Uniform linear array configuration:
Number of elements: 48
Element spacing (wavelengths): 1
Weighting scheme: binomial
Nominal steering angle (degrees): -15
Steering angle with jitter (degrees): -16.644
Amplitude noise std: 0.05
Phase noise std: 0.05

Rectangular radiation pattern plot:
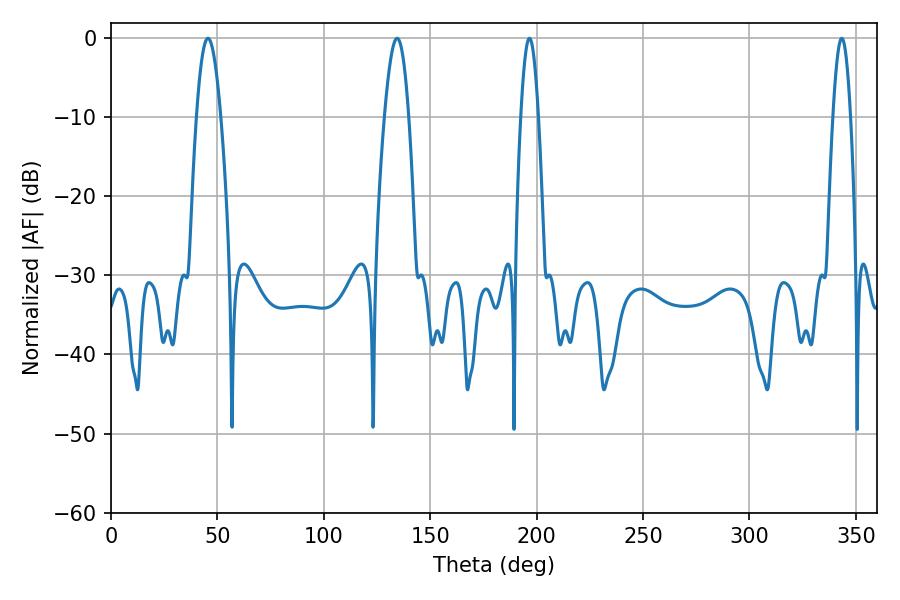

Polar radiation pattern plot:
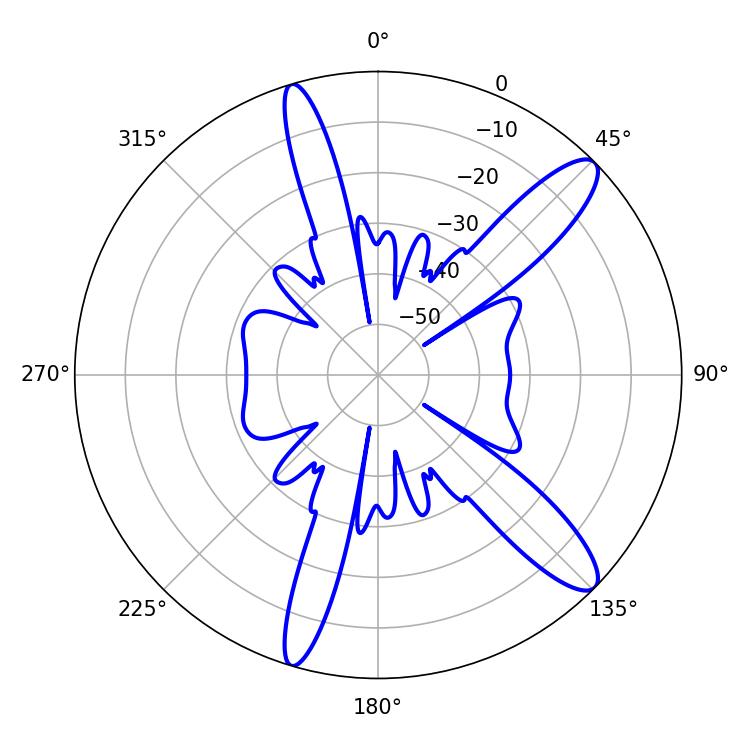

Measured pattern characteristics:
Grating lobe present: TRUE
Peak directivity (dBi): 12.257
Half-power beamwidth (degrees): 6.3
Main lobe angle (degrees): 45.54